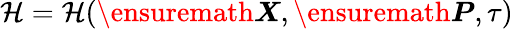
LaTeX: \mathcal{H}=\mathcal{H}(\ensuremath{\boldsymbol{X}},\ensuremath{\boldsymbol{P}},\tau)